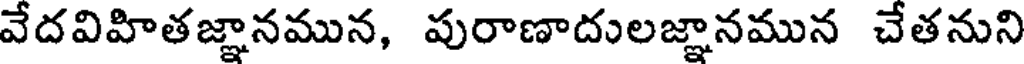
వేదవిహితజ్ఞానమున, పురాణాదులజ్ఞానమున చేతనుని